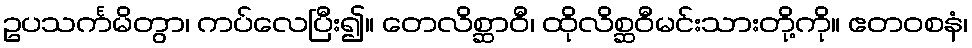
ဥပသင်္ကမိတွာ၊ ကပ်လေပြီး၍။ တေလိစ္ဆာဝီ၊ ထိုလိစ္ဆဝီမင်းသားတို့ကို။ ဧတဝစနံ၊